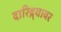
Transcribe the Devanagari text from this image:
दारिद्र्यावर